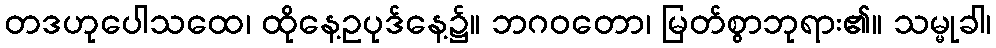
တဒဟုပေါသထေ၊ ထိုနေ့ဥပုဒ်နေ့၌။ ဘဂဝတော၊ မြတ်စွာဘုရား၏။ သမ္မုခါ၊